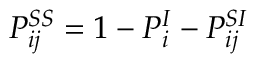
P _ { i j } ^ { S S } = 1 - P _ { i } ^ { I } - P _ { i j } ^ { S I }